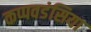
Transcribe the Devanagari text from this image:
कप्पवडंसिया